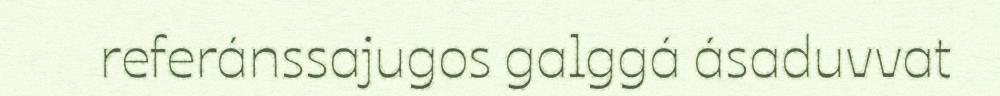
referánssajugos galggá ásaduvvat